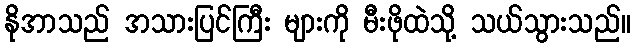
နိုအာသည် အသားပြင်ကြီး များကို မီးဖိုထဲသို့ သယ်သွားသည်။